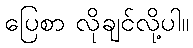
ပြေစာ လိုချင်လို့ပါ။